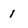
Character: 1